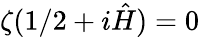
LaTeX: \zeta(1/2+i{\hat{H}})=0